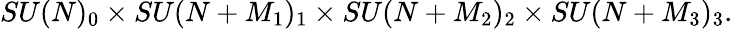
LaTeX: SU(N)_{0}\times SU(N+M_{1})_{1}\times SU(N+M_{2})_{2}\times SU(N+M_{3})_{3}.